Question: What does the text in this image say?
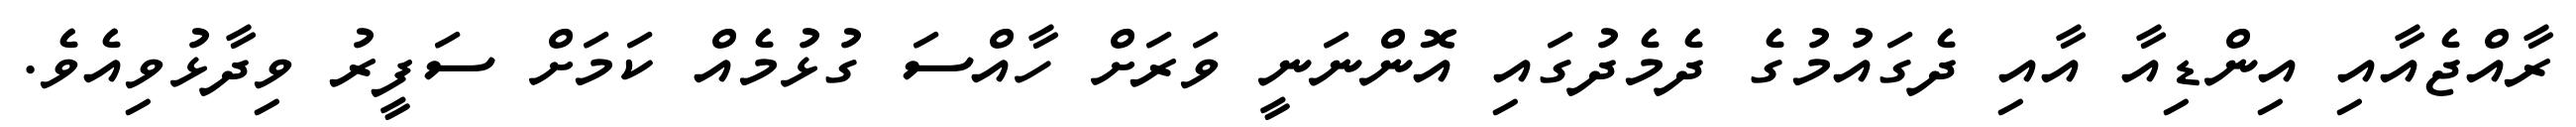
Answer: ރާއްޖެއާއި އިންޑިއާ އާއި ދެގައުމުގެ ދެމެދުގައި އޮންނަނީ ވަރަށް ހާއްސަ ގުޅުމެއް ކަމަށް ސަފީރު ވިދާޅުވިއެވެ.